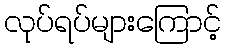
လုပ်ရပ်များကြောင့်